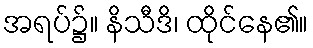
အရပ်၌။ နိသီဒိ၊ ထိုင်နေ၏။